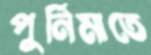
পুর্নিমাতে